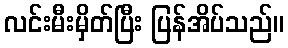
လင်းမီးမှိတ်ပြီး ပြန်အိပ်သည်။